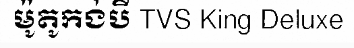
ម៉ូតូកង់បី TVS King Deluxe